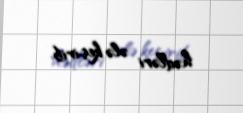
hədləri ələ keçirib.